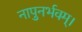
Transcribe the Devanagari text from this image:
नापुनर्भवम्।